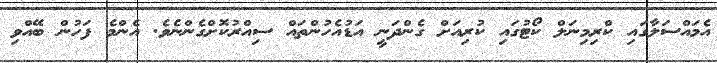
އެމައްސަލާގައި ކްރިމިނަލް ކޯޓުގައި ކުރިއަށް ގެންދަނީ އަޑުއެހުންތައް ސިއްރުކޮށްގެންނެވެ. އެންމެ ފަހުން ބޭއްވި